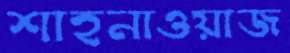
শাহনাওয়াজ